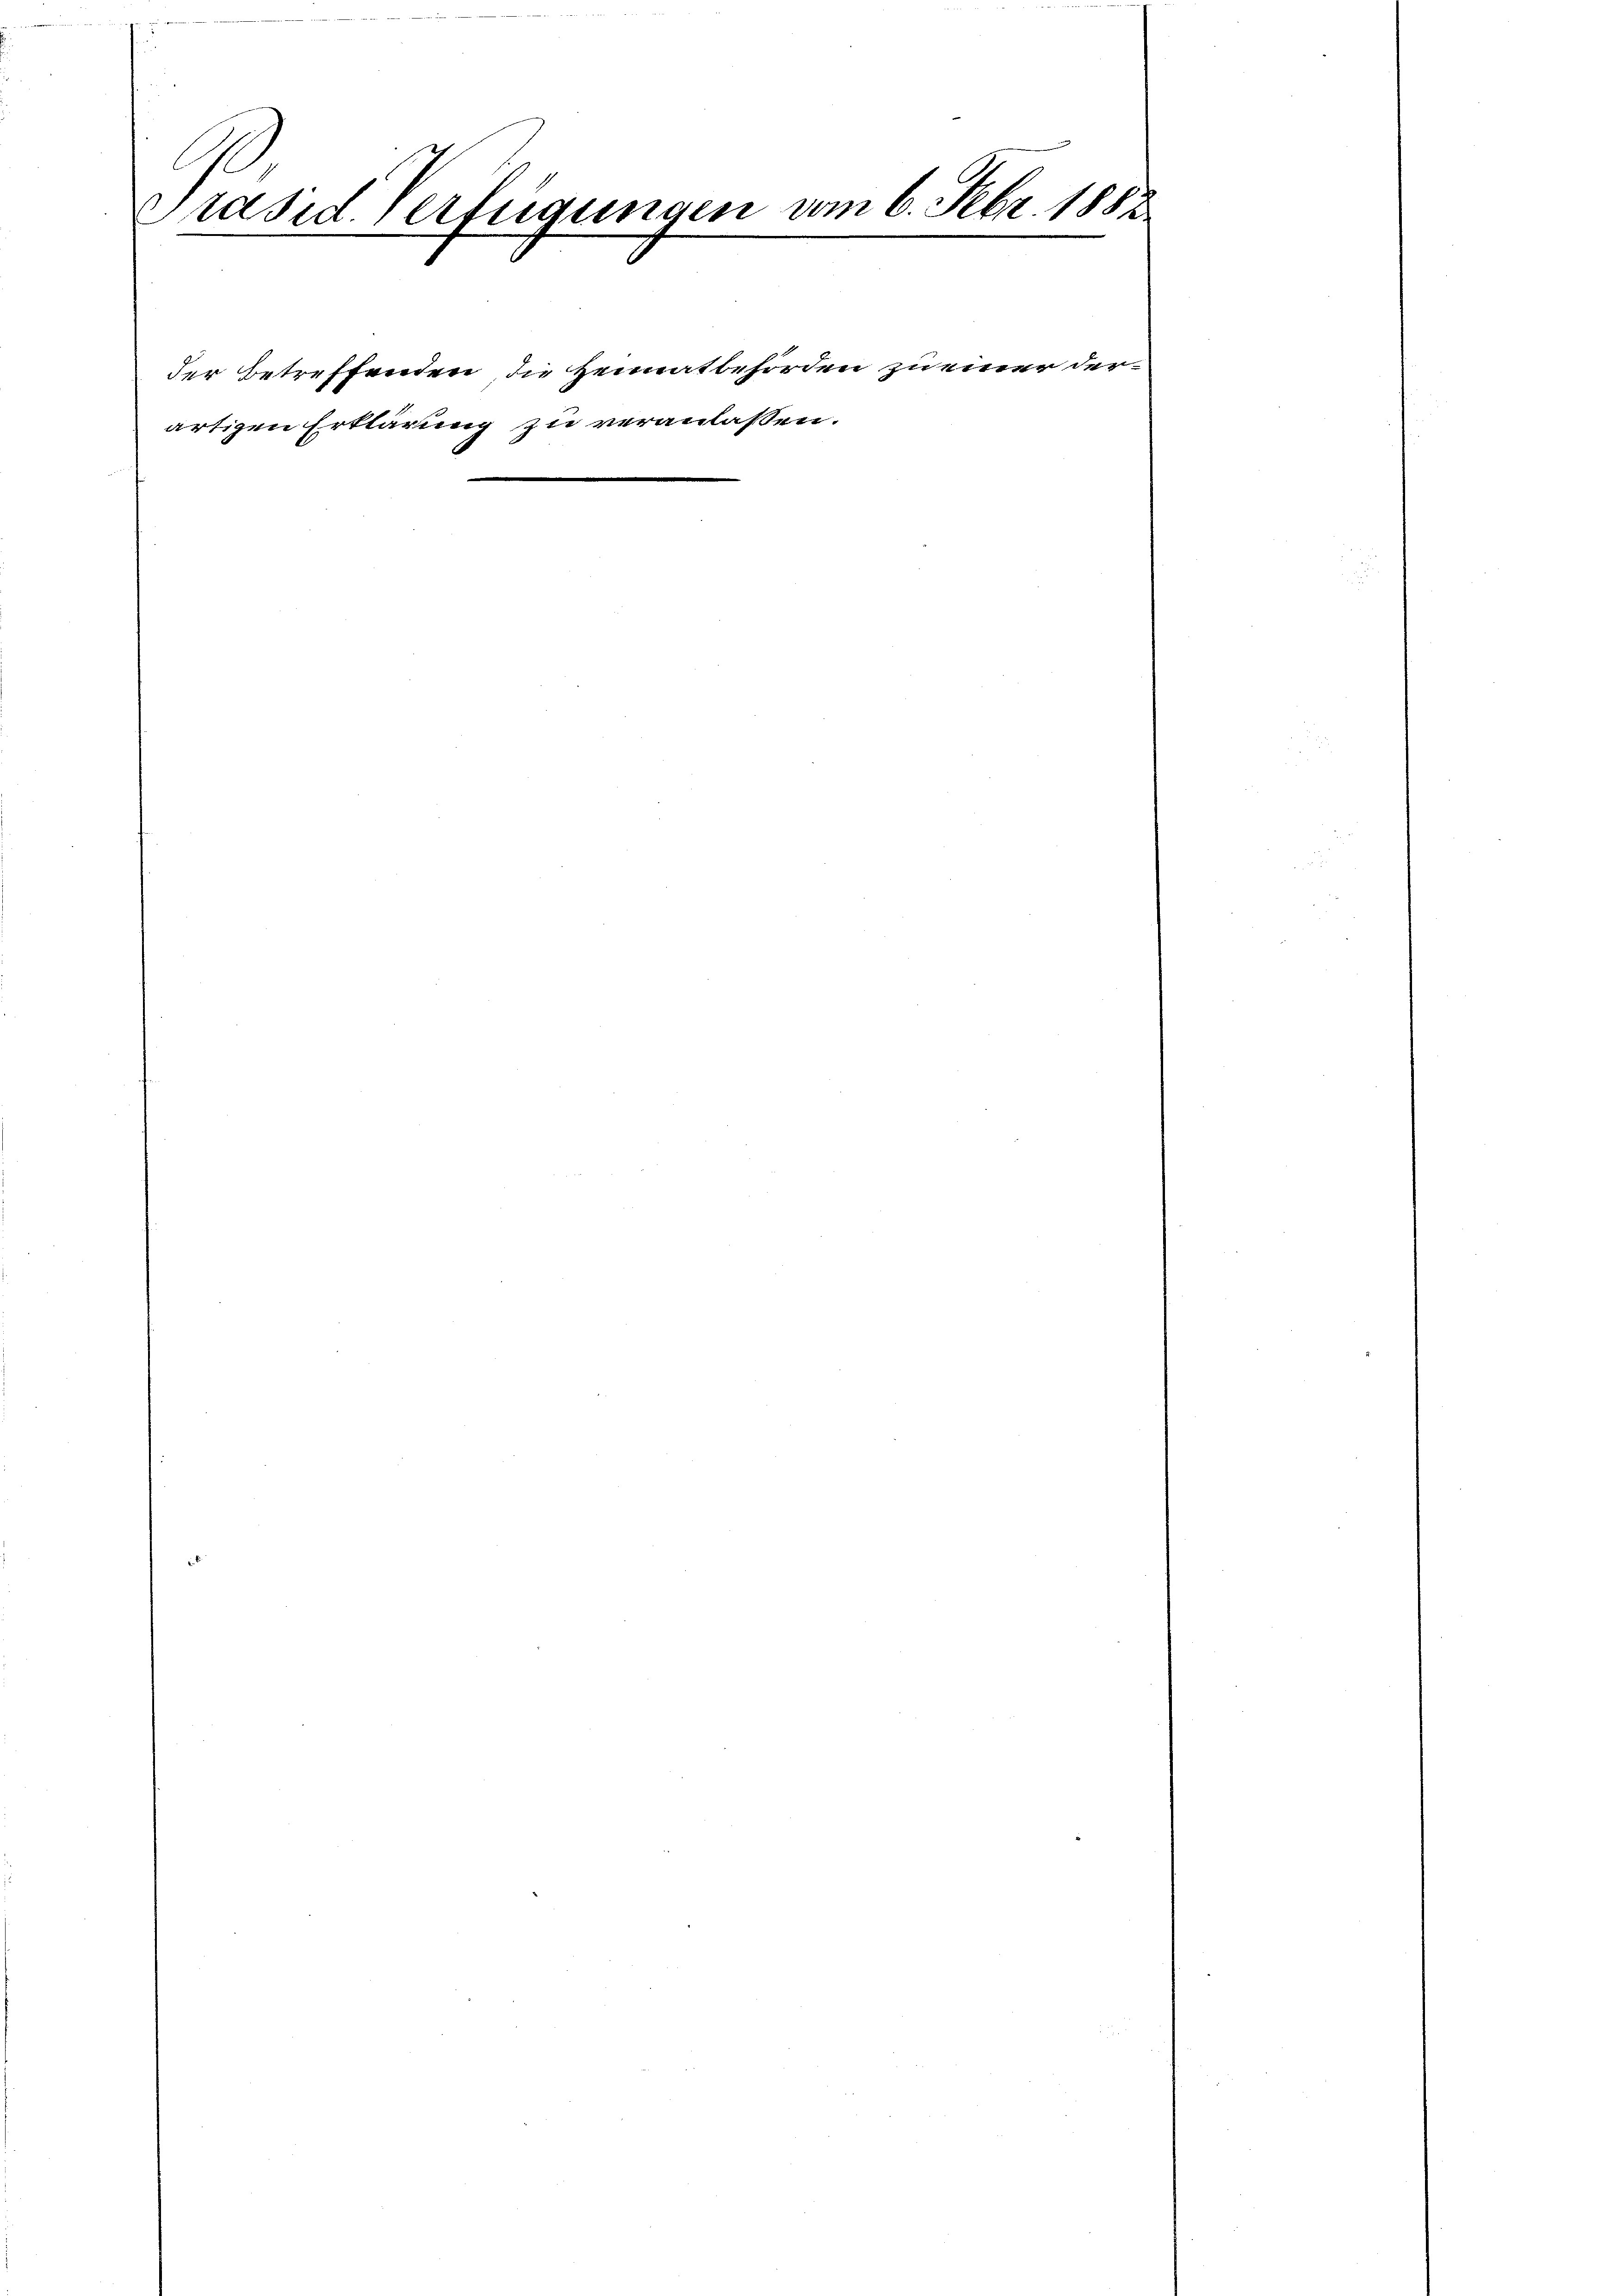
Präsid. Verfügungen vom 6. Febr. 1883.

der Betreffenden, die Heimatbehörden zu einer der
artigen Erklärung zu veranlassen.